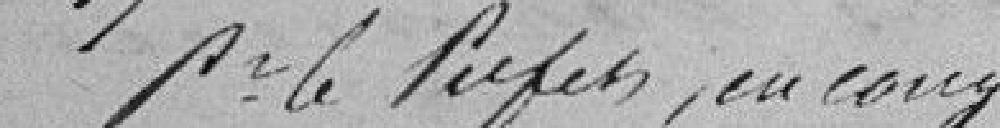
pour le Préfet en congé,